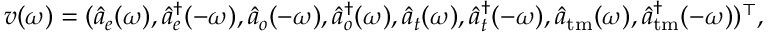
\boldsymbol { v } ( \omega ) = ( \hat { a } _ { e } ( \omega ) , \hat { a } _ { e } ^ { \dagger } ( - \omega ) , \hat { a } _ { o } ( - \omega ) , \hat { a } _ { o } ^ { \dagger } ( \omega ) , \hat { a } _ { t } ( \omega ) , \hat { a } _ { t } ^ { \dagger } ( - \omega ) , \hat { a } _ { \mathrm { t m } } ( \omega ) , \hat { a } _ { \mathrm { t m } } ^ { \dagger } ( - \omega ) ) ^ { \top } ,